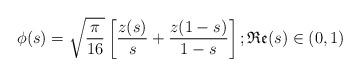
LaTeX: \begin{align*}\phi(s) = \sqrt{\frac{\pi}{16}} \left[ \frac{z(s)}{s} + \frac{z(1-s)}{1-s} \right]; \mathfrak{Re}(s) \in (0,1)\end{align*}